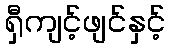
ရှီကျင့်ဖျင်နှင့်